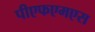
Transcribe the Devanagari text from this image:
पीएफएमएस